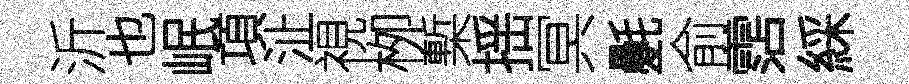
沂也岷項沚視栁槧揺冥氎俞霑綵